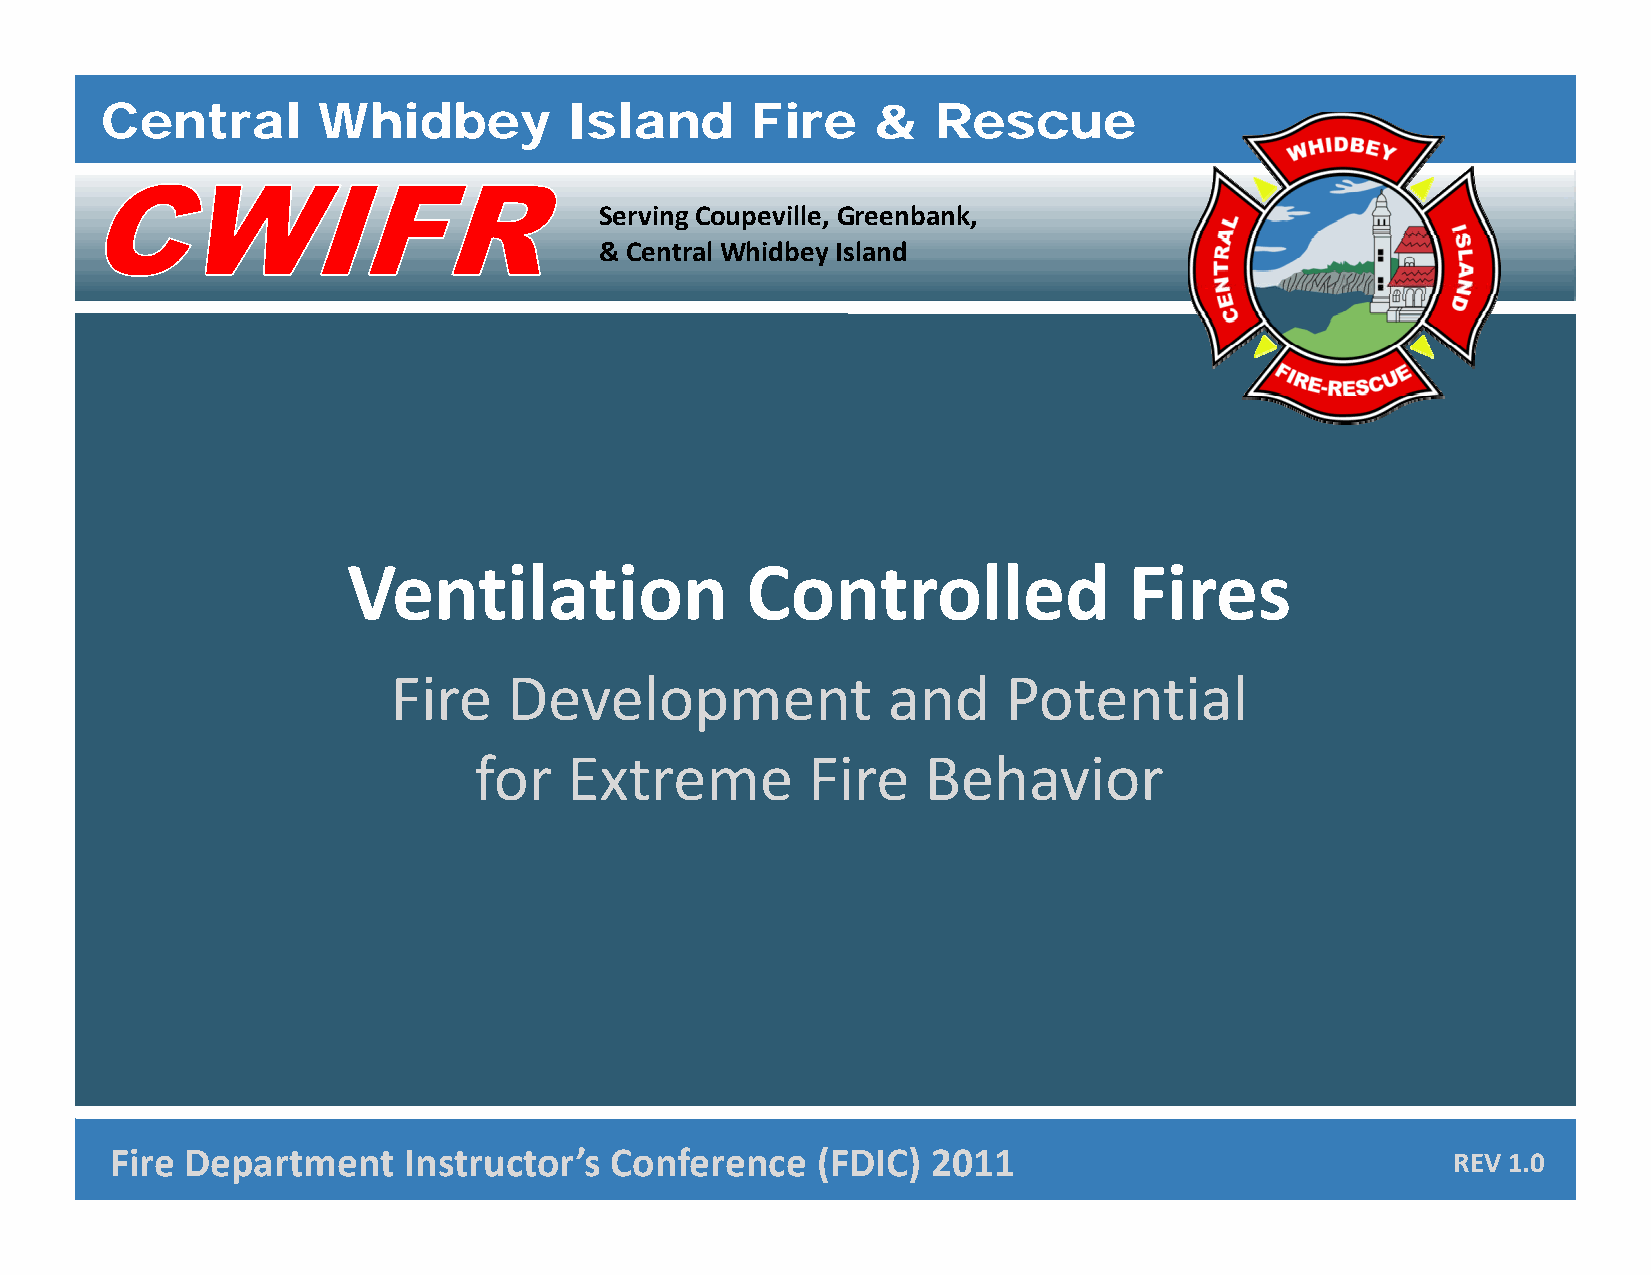
Central       Whidbey          Island      Fire    &   Rescue
 Serving Coupeville, Greenbank,
 & Central Whidbey Island
 VVeennttiillaattiioonn    CCoonnttrroolllleedd      FFiirreess
 FFFFiiiirrrreeee DDDDeeeevvvveeeellllooooppppmmmmeeeennnntttt aaaannnndddd PPPPooootttteeeennnnttttiiiiaaaallll
 ffoorr EExxttrreemmee FFiirree BBeehhaavviioorr
 CFeinrtera lD Wehpidabretym Isleanndt F iIrne s&t rRuescctuoer’s ConPrfoefersesinoncaeli s(mF D●IICnt)e g2r0ity1 ●1Compassion ● Excellence RREEVV 11..00